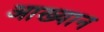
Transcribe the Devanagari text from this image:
आख्‍यान